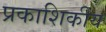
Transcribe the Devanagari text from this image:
प्रकाशिकीय